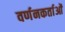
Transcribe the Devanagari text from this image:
वर्णनकर्ताओं